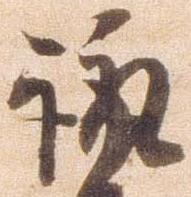
諏